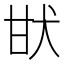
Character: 𤯂